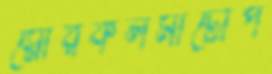
স্নোরকলমাটোপ